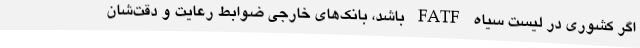
اگر کشوری در لیست سیاه FATF باشد، بانک‌های خارجی ضوابط رعایت و دقت‌شان